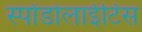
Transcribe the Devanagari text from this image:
स्पोंडोलाईटिस